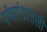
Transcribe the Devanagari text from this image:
पंचांगातली